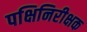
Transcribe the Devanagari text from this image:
पक्षिनिरीक्षक